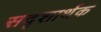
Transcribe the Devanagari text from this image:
सदृशार्थक